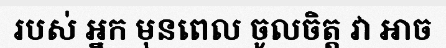
របស់ អ្នក មុនពេល ចូលចិត្ត វា អាច